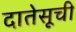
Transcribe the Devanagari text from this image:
दातेसूची